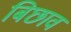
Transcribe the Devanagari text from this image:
बिछाव